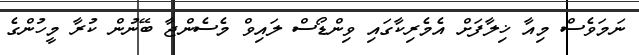
ނަމަވެސް މިއާ ޚިލާފަށް އެމެރިކާގައި ވިންޑޯސް ލައިވް މެސެންޖާ ބޭނުން ކުރާ މީހުންގެ